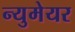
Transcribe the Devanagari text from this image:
न्युमेयर